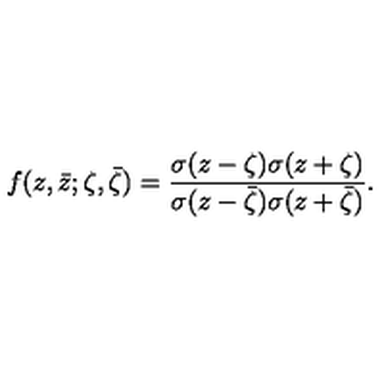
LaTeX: f ( z , \bar { z } ; \zeta , \bar { \zeta } ) = { \frac { \sigma ( { z - \zeta } ) \sigma ( { z + \zeta } ) } { \sigma ( { z - \bar { \zeta } } ) \sigma ( { z + \bar { \zeta } } ) } } .